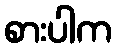
စားပါက